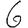
Digit: 6